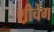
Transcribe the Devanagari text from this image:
श़ीचेंग